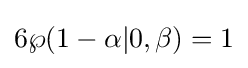
6\wp (1-\alpha |0,\beta )=1